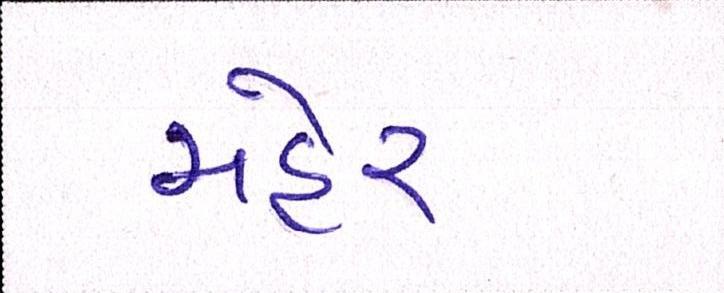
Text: મહેર